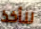
لنأخذ